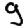
Digit: 9